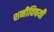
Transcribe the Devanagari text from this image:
शनीविषयी